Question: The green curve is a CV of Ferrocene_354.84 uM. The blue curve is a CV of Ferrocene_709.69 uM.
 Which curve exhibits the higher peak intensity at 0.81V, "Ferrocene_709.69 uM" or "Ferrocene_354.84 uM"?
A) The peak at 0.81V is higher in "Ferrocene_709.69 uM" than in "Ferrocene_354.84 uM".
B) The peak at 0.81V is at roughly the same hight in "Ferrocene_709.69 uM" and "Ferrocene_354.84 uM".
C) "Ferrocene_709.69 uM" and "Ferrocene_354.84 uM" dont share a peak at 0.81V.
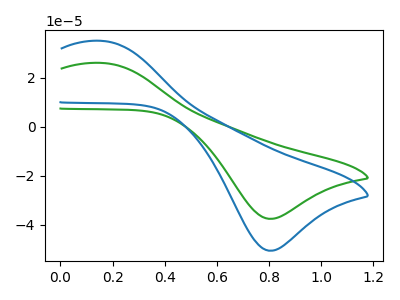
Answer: <think>The green curve "Ferrocene_354.84 uM" has an anodic peak at (0.15V, 26.00uA) and a cathodic peak at (0.80V, -37.65uA). The blue curve "Ferrocene_709.69 uM" has an anodic peak at (0.15V, 35.05uA) and a cathodic peak at (0.80V, -50.65uA).</think>
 <answer>A) The peak at 0.81V is higher in "Ferrocene_709.69 uM" than in "Ferrocene_354.84 uM".</answer>
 <eval>A</eval>